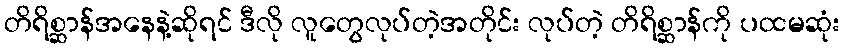
တိရိစ္ဆာန်အနေနဲ့ဆိုရင် ဒီလို လူတွေလုပ်တဲ့အတိုင်း လုပ်တဲ့ တိရိစ္ဆာန်ကို ပထမဆုံး